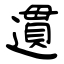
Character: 遦